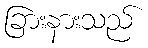
ခြားနားသည်